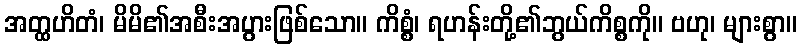
အတ္ထဟိတံ၊ မိမိ၏အစီးအပွားဖြစ်သော။ ကိစ္စံ၊ ရဟန်းတို့၏ဘွယ်ကိစ္စကို။ ဗဟု၊ များစွာ။